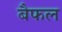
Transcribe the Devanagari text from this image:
बैफल